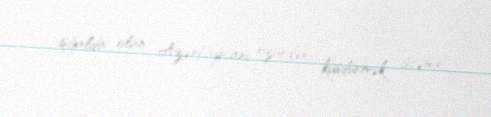
işğalda olan Azərbaycanı özündən küsdürmək istəmir.